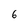
Character: 6